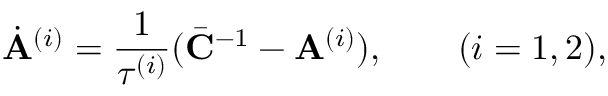
\dot { \mathbf { A } } ^ { ( i ) } = \frac { 1 } { \tau ^ { ( i ) } } ( \bar { \mathbf { C } } ^ { - 1 } - \mathbf { A } ^ { ( i ) } ) , \quad \quad ( i = 1 , 2 ) ,